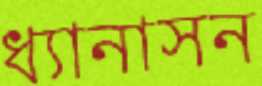
ধ্যানাসন